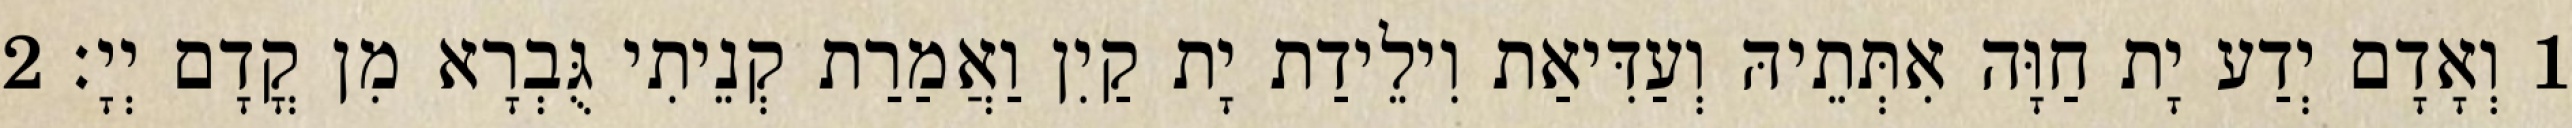
1 וְאָדָם יְדַע יָת חַוָּה אִתְּתֵיהּ וְעַדִּיאַת וִילֵידַת יָת קַיִן וַאֲמַרַת קְנֵיתִי גֻּבְרָא מִן קֳדָם יְיָ׃ 2